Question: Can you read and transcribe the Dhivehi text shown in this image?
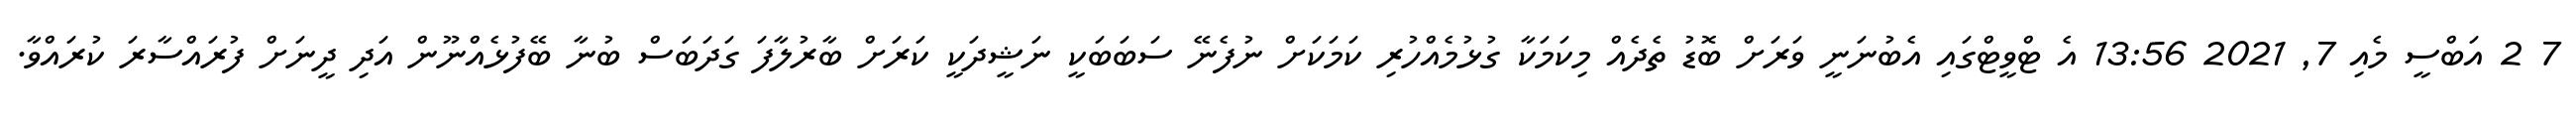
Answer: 7 2 އަބްސީ މެއި 7, 2021 13:56 އެ ޓްވީޓްގައި އެބުނަނީ ވަރަށް ބޮޑު ތެދެއް މިކަމަކާ ގުޅުމެއްހުރި ކަމަކަށް ނުފެނޭ ސަބަބަކީ ނަޝީދަކީ ކަރަށް ބާރުލާފަ ގަދަބަސް ބުނާ ބޭފުޅެއްނޫން އަދި ދީނަށް ފުރައްސާރަ ކުރައްވާ.